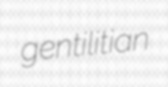
gentilitian